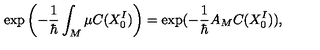
\exp \left( - \frac { 1 } { \hbar } \int _ { M } \mu C ( X _ { 0 } ^ { I } ) \right) = \exp ( - \frac { 1 } { \hbar } A _ { M } C ( X _ { 0 } ^ { I } ) ) ,